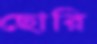
ছোরি